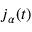
{ j } _ { \alpha } ( t )